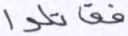
فقاتلوا